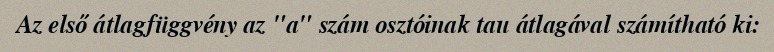
Az első átlagfüggvény az "a" szám osztóinak tau átlagával számítható ki: